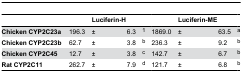
<table><thead><tr><td></td><td></td><td><b>Luciferin-H</b></td><td></td><td></td><td></td><td><b>Luciferin-ME</b></td><td></td><td></td></tr></thead><tbody><tr><td><b>Chicken CYP2C23a</b></td><td>196.3</td><td>±</td><td>6.3</td><td><sup>1</sup></td><td>1869.0</td><td>±</td><td>63.5</td><td><sup>a</sup></td></tr><tr><td><b>Chicken CYP2C23b</b></td><td>62.7</td><td>±</td><td>3.8</td><td><sup>b</sup></td><td>236.3</td><td>±</td><td>9.2</td><td><sup>b</sup></td></tr><tr><td><b>Chicken CYP2C45</b></td><td>12.7</td><td>±</td><td>3.8</td><td><sup>c</sup></td><td>142.7</td><td>±</td><td>6.7</td><td><sup>b</sup></td></tr><tr><td><b>Rat CYP2C11</b></td><td>262.7</td><td>±</td><td>7.9</td><td><sup>d</sup></td><td>121.7</td><td>±</td><td>6.8</td><td><sup>b</sup></td></tr></tbody></table>